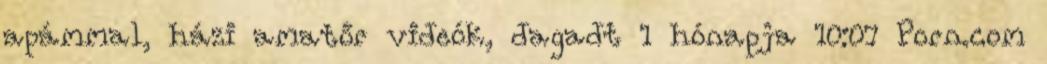
apámmal, házi amatőr videók, dagadt 1 hónapja 10:07 Porn.com